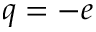
q = - e